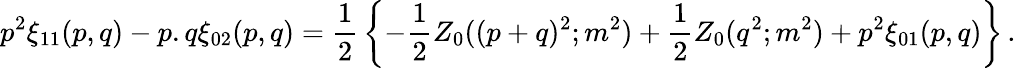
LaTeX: p^{2}\xi_{11}(p,q)-p.q\xi_{02}(p,q)={\frac{1}{2}}\left\{ -{\frac{1}{2}}Z_{0}((p+q)^{2};m^{2})+{\frac{1}{2}}Z_{0}(q^{2};m^{2})+p^{2}\xi_{01}(p,q)\right\} \, .